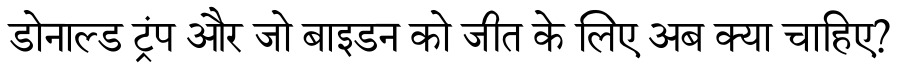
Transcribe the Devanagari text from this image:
डोनाल्ड ट्रंप और जो बाइडन को जीत के लिए अब क्या चाहिए?